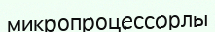
микропроцессорлы